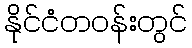
နိုင်ငံတဝန်းတွင်